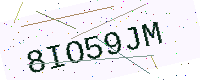
Text: 8IO59JM